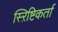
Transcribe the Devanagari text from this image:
स्ऱिष्टिकर्ता